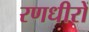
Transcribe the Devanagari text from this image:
रणधीरों